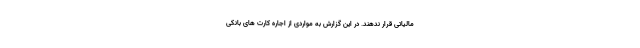
مالیاتی قرار ندهند. در این گزارش به مواردی از اجاره کارت های بانکی